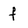
Character: f